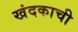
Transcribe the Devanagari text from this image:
खंदकाची